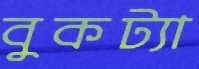
বুকট্যা